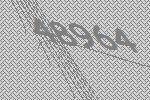
48964